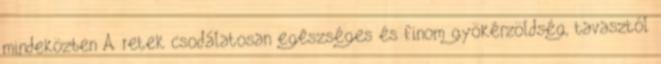
mindeközben A retek csodálatosan egészséges és finom gyökérzöldség, tavasztól